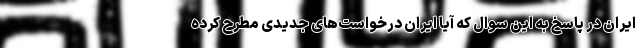
ایران در پاسخ به این سوال که آیا ایران درخواست‌های جدیدی مطرح کرده